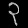
Digit: ၃